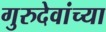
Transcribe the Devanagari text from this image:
गुरुदेवांच्या